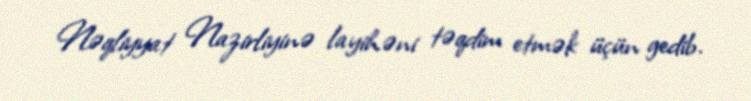
Nəqliyyat Nazirliyinə layihəni təqdim etmək üçün gedib.